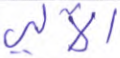
الآلي